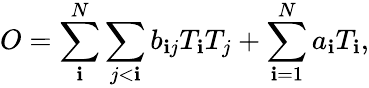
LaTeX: O=\sum_{\mathbf{i}}^{N}\sum_{j<\mathbf{i}}b_{\mathbf{i}j}T_{\mathbf{i}}T_{j}+\sum_{\mathbf{i}=1}^{N}a_{\mathbf{i}}T_{\mathbf{i}},